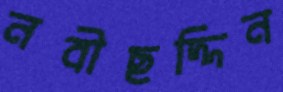
নবীছদ্দিন